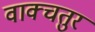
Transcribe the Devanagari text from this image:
वाक्चतुर